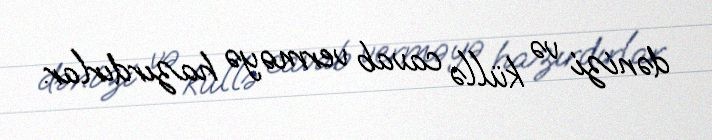
dənizi və küllə cavab verməyə hazırdırlar.